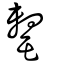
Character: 罊